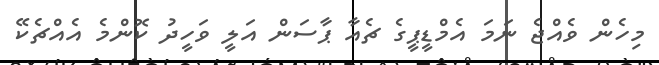
މިހެން ވެއްޖެ ނަމަ އެމްޑީޕީގެ ޗެއާ ޕާސަން އަލީ ވަހީދު ކޮންމެ އެއްޗެކޭ